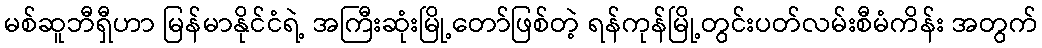
မစ်ဆူဘီရှီဟာ မြန်မာနိုင်ငံရဲ့ အကြီးဆုံးမြို့တော်ဖြစ်တဲ့ ရန်ကုန်မြို့တွင်းပတ်လမ်းစီမံကိန်း အတွက်